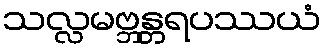
သလ္လမဗ္ဘန္တရပဿယံ